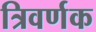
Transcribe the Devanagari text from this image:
त्रिवर्णक